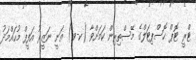
ޓްރީ ޓޮޕް ހޮސްޕިޓަލްގެ މޭސްތިރިން ކަމަށްވާ (ކ-ވ) ޣަނީ ނަޒީރު އަފީފް މުހައްމަދު